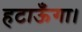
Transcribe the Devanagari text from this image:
हटाऊँगा।